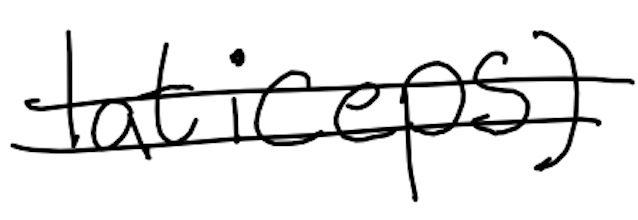
Text: laticeps)
Cross-out: mix
Writing tool: digital_black